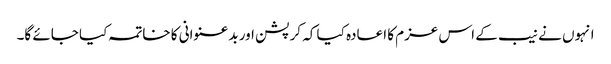
انہوں نے نیب کے اس عزم کا اعادہ کیا کہ کرپشن اور بدعنوانی کا خاتمہ کیا جائے گا۔